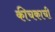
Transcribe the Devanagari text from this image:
कीचकाची